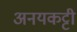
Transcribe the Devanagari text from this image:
अनयकट्टी